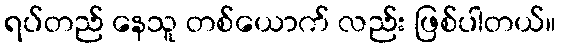
ရပ်တည် နေသူ တစ်ယောက် လည်း ဖြစ်ပါတယ်။